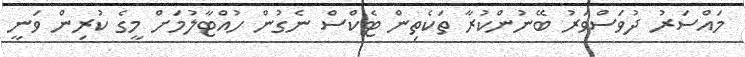
މައްސަރު ދުވަސްވަރު ބޭނުންކުރާ ތަކެތިން ޓެކްސް ނެގުން ހުއްޓާލުމަށް މީގެ ކުރިން ވަނީ